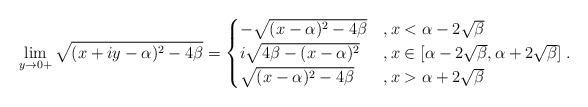
LaTeX: \begin{align*} \lim_{y\to0+}\sqrt{(x+iy-\alpha)^2 - 4\beta} = \begin{cases}-\sqrt{(x-\alpha)^2 - 4\beta} &, x < \alpha - 2\sqrt{\beta}\\ i \sqrt{4\beta - (x-\alpha)^2} &, x\in [\alpha - 2\sqrt{\beta}, \alpha + 2\sqrt{\beta}] \\ \sqrt{(x-\alpha)^2 - 4\beta} &, x >\alpha + 2\sqrt{\beta} \end{cases}. \end{align*}